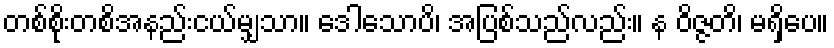
တစ်စိုးတစိအနည်းငယ်မျှသာ။ ဒေါသောပိ၊ အပြစ်သည်လည်း။ န ဝိဇ္ဇတိ၊ မရှိပေ။